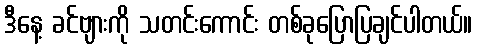
ဒီနေ့ ခင်ဗျားကို သတင်းကောင်း တစ်ခုပြောပြချင်ပါတယ်။